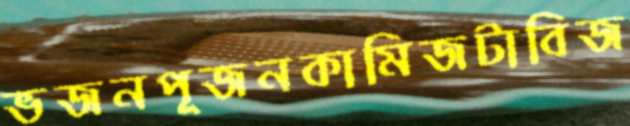
ভজনপূজনকামিজটাবিজ